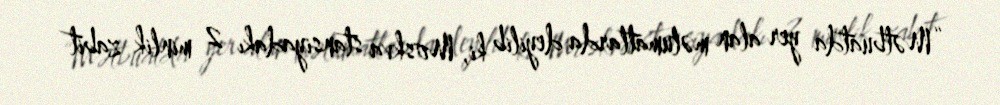
“Mətbuatda yer alan məlumatlarda deyilib ki, Moskva stansiyadakı 2 minlik zabit